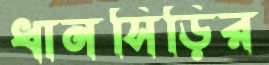
ধানসিড়ির